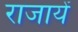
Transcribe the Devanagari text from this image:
राजायें